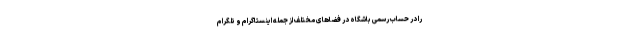
را در حساب رسمی باشگاه در فضاهای مختلف از جمله اینستاگرام و تلگرام